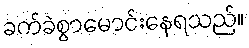
ခက်ခဲစွာမောင်းနေရသည်။